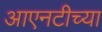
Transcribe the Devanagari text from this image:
आएनटीच्या